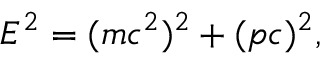
E ^ { 2 } = ( m c ^ { 2 } ) ^ { 2 } + ( p c ) ^ { 2 } ,